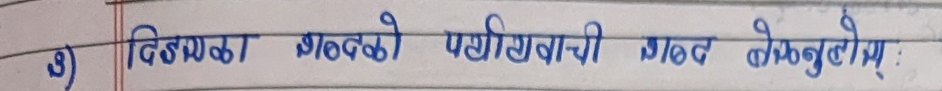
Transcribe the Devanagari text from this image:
३) दिङ्ला भालुको पर्यावाची शब्द लेख्नुहोस् :